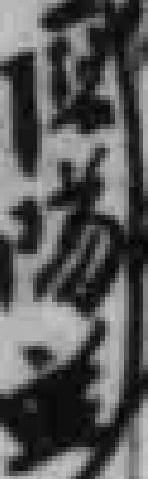
*隊